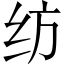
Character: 纺